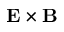
\bf E \times \bf B